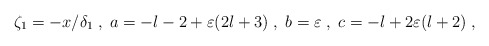
\begin{align*}\zeta_1=-x/\delta_1\;,\;a=-l-2+\varepsilon(2l+3)\;,\;b=\varepsilon\;,\;c=-l+2\varepsilon(l+2)\;,\end{align*}